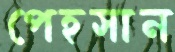
পেহসান